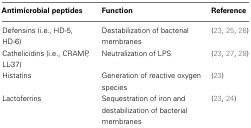
<table><thead><tr><td><b>Antimicrobial peptides</b></td><td><b>Function</b></td><td><b>Reference</b></td></tr></thead><tbody><tr><td>Defensins (i.e., HD-5, HD-6)</td><td>Destabilization of bacterial membranes</td><td>(23, 25, 26)</td></tr><tr><td>Cathelicidins (i.e., CRAMP, LL-37)</td><td>Neutralization of LPS</td><td>(23, 27, 28)</td></tr><tr><td>Histatins</td><td>Generation of reactive oxygen species</td><td>(23)</td></tr><tr><td>Lactoferrins</td><td>Sequestration of iron and destabilization of bacterial membranes</td><td>(23, 24)</td></tr></tbody></table>